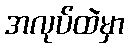
အလုပ်ထဲမှာ